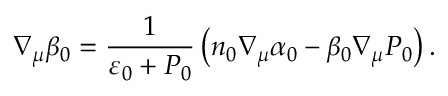
\nabla _ { \mu } \beta _ { 0 } = \frac { 1 } { \varepsilon _ { 0 } + P _ { 0 } } \left( n _ { 0 } \nabla _ { \mu } \alpha _ { 0 } - \beta _ { 0 } \nabla _ { \mu } P _ { 0 } \right) .